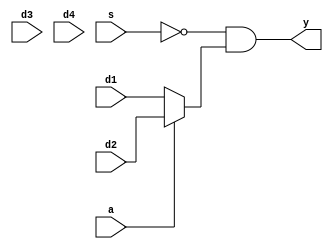
module ic74hc153(
    input [1:0] d1,d2,d3,d4,
    input a,s,
    output [1:0] y
);
    reg [1:0] m;

    always @(d1,d2,d3,d4,a) begin
        if(a==2'd0)         m=d1;
        else if(a==2'd1)    m=d2;
        else if(a==2'd2)    m=d3;
        else                m=d4;
    end

    assign  y=(~s)&m;
endmodule
//41
//a